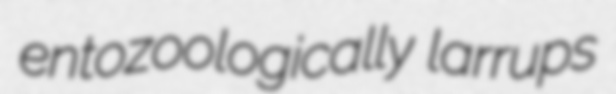
entozoologically larrups